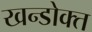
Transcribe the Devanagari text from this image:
खन्डोक्त